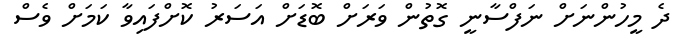
ދެ މީހުންނަށް ނަފްސާނީ ގޮތުން ވަރަށް ބޮޑަށް އަސަރު ކޮށްފައިވާ ކަމަށް ވެސް